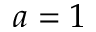
a = 1